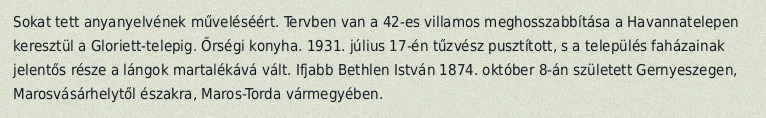
Sokat tett anyanyelvének műveléséért. Tervben van a 42-es villamos meghosszabbítása a Havannatelepen keresztül a Gloriett-telepig. Őrségi konyha. 1931. július 17-én tűzvész pusztított, s a település faházainak jelentős része a lángok martalékává vált. Ifjabb Bethlen István 1874. október 8-án született Gernyeszegen, Marosvásárhelytől északra, Maros-Torda vármegyében.